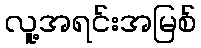
လူ့အရင်းအမြစ်